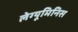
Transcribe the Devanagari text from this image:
लेग्यूमिनिस